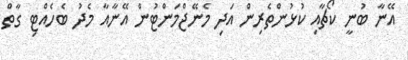
އޭނާ ބުނީ ކޯޗާއި ކުޅުންތެރިން އަދި މެނޭޖްމަންޓުން އޭނާއާ މެދު ބެހެއްޓި ގާތް